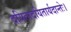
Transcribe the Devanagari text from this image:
दयितादयितार्यदान्तेः।